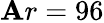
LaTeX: \mathbf{A}r=96